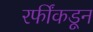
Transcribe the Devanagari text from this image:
रफींकडून